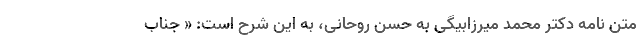
متن نامه دکتر محمد میرزابیگی به حسن روحانی، به این شرح است: « جناب